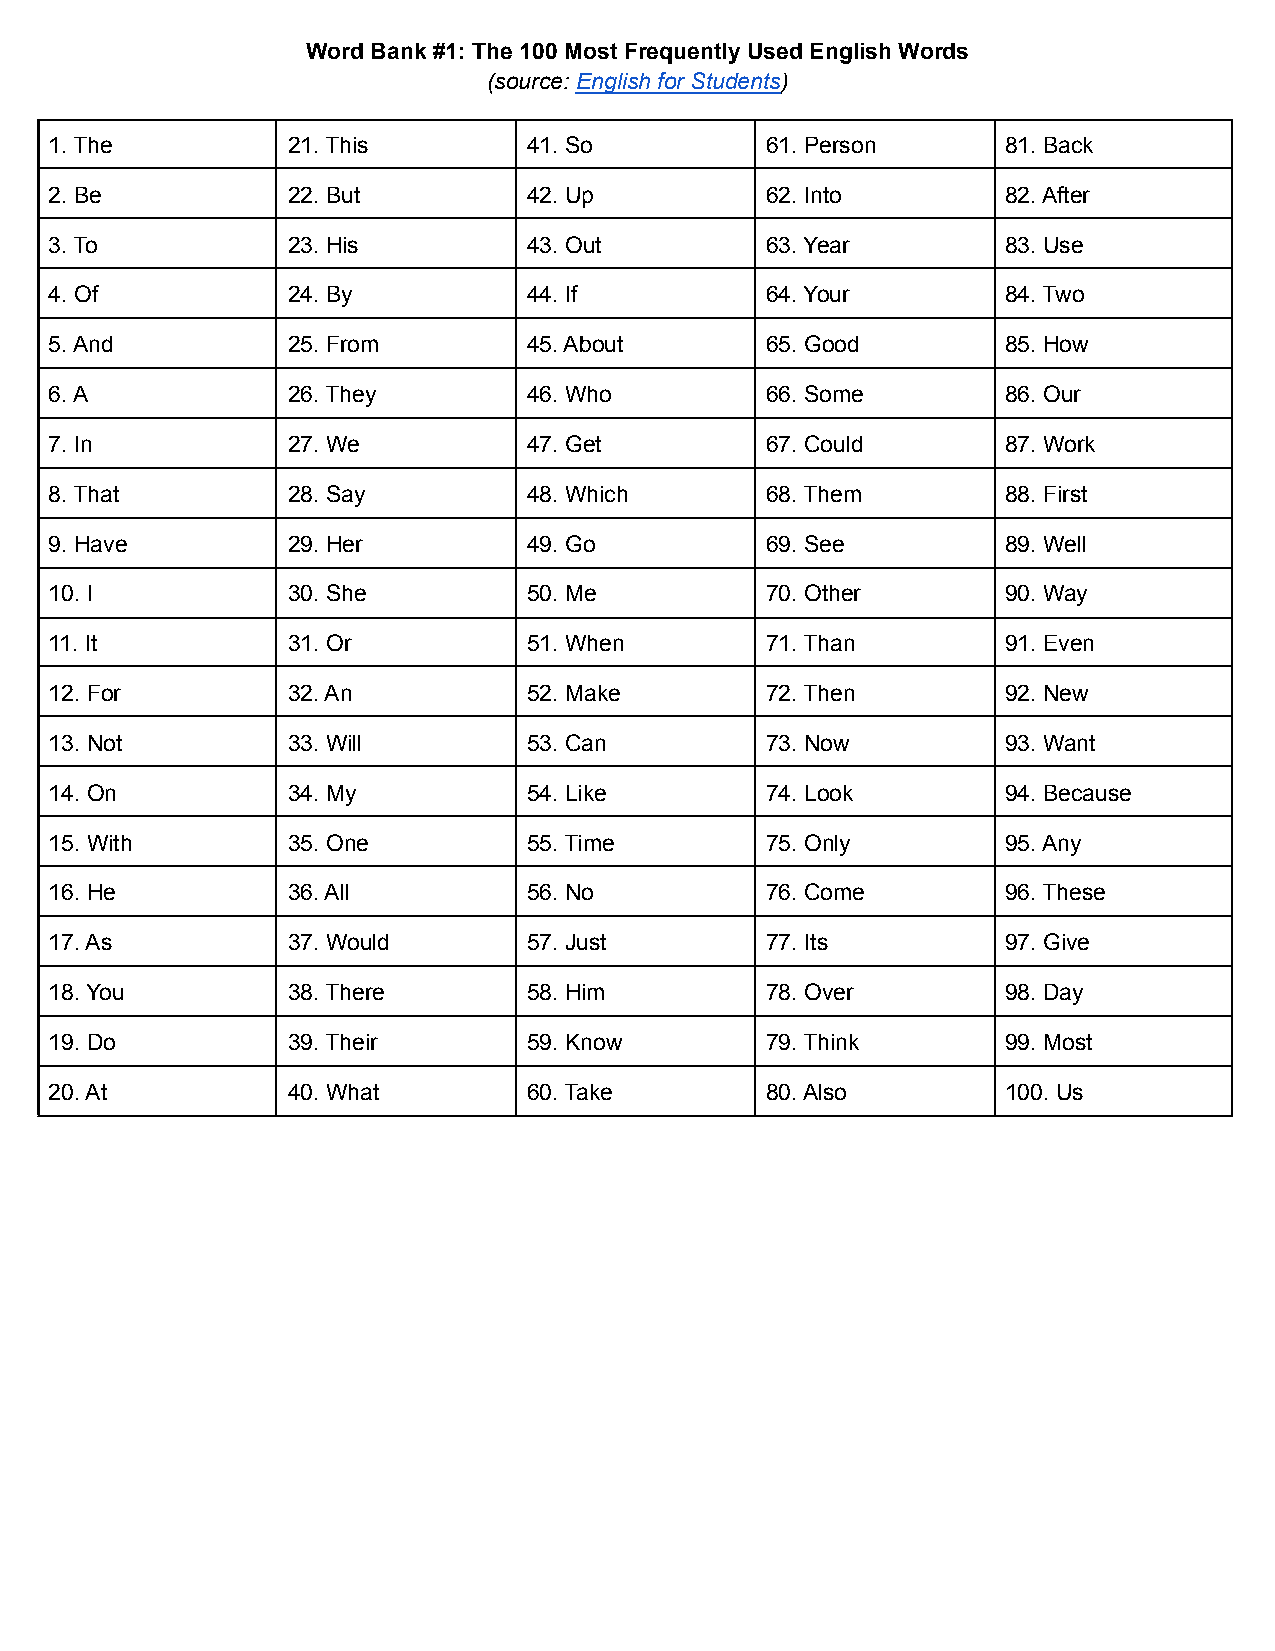
Word Bank #1: The 100 Most Frequently Used English Words
 (source: English for Students)
 1. The          21. This        41. So          61. Person      81. Back
 2. Be           22. But         42. Up          62. Into        82. After
 3. To           23. His         43. Out         63. Year        83. Use
 4. Of           24. By          44. If          64. Your        84. Two
 5. And          25. From        45. About       65. Good        85. How
 6. A            26. They        46. Who         66. Some        86. Our
 7. In           27. We          47. Get         67. Could       87. Work
 8. That         28. Say         48. Which       68. Them        88. First
 9. Have         29. Her         49. Go          69. See         89. Well
 10. I           30. She         50. Me          70. Other       90. Way
 11. It          31. Or          51. When        71. Than        91. Even
 12. For         32. An          52. Make        72. Then        92. New
 13. Not         33. Will        53. Can         73. Now         93. Want
 14. On          34. My          54. Like        74. Look        94. Because
 15. With        35. One         55. Time        75. Only        95. Any
 16. He          36. All         56. No          76. Come        96. These
 17. As          37. Would       57. Just        77. Its         97. Give
 18. You         38. There       58. Him         78. Over        98. Day
 19. Do          39. Their       59. Know        79. Think       99. Most
 20. At          40. What        60. Take        80. Also        100. Us